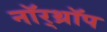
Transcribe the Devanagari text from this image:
नॉर्‌थ्रॉप